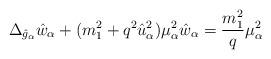
LaTeX: \begin{align*}\Delta_{\hat{g}_\alpha} \hat{w}_\alpha+(m_1^2+q^2 \hat{u}_\alpha^2) \mu_\alpha^2 \hat{w}_\alpha=\frac{m_1^2}{q}\mu_\alpha^2\end{align*}